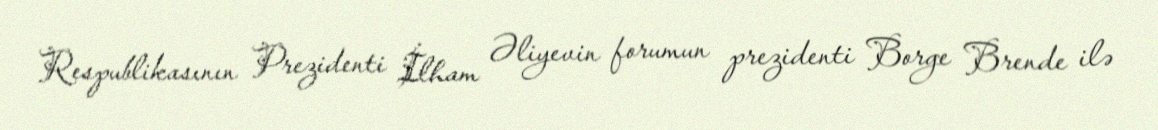
Respublikasının Prezidenti İlham Əliyevin forumun prezidenti Borge Brende ilə